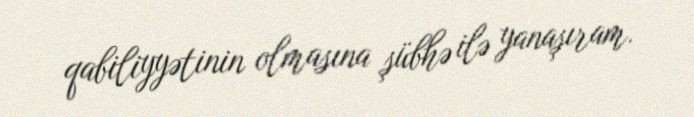
qabiliyyətinin olmasına şübhə ilə yanaşıram.